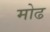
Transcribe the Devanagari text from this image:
मोढ